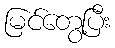
မြင်တွေ့ပြီး